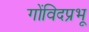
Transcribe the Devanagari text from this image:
गोंविदप्रभू